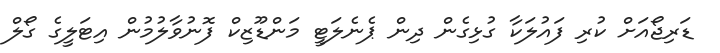
ޑަރިޖޯއަށް ކުރި ފައުލަކާ ގުޅިގެން ދިން ޕެނެލަޓީ މަންޑޫޒިކް ފޮނުވާލުމުން އިޓަލީގެ ގޯލް